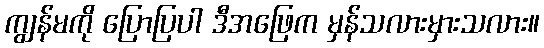
ကျွန်မကို ပြောပြပါ ဒီအဖြေက မှန်သလားမှားသလား။